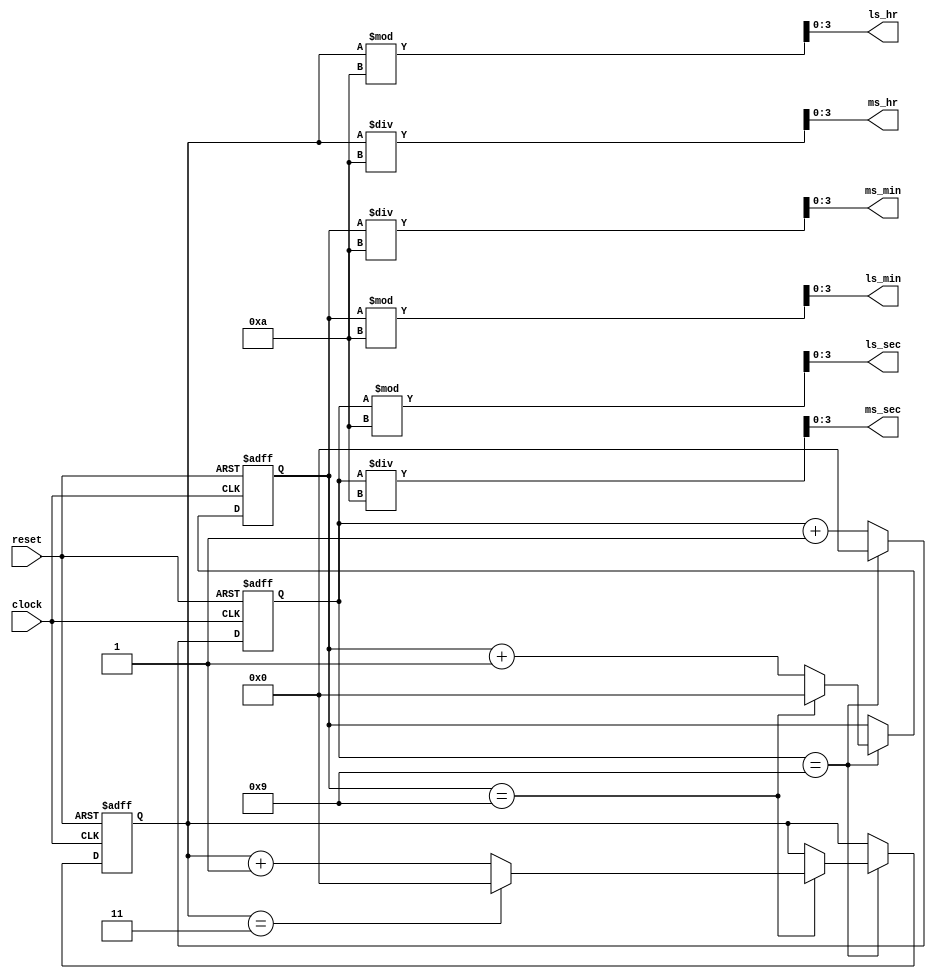
`timescale 1ns / 1ps
//BCD Time Count


module bcd_timeCount(
  input wire clock,        // Input clock (1Hz)
  input wire reset,        // Active high synchronous reset
  output reg [3:0] ms_hr,  // Most significant digit of hours (BCD)
  output reg [3:0] ls_hr,  // Least significant digit of hours (BCD)
  output reg [3:0] ms_min, // Most significant digit of minutes (BCD)
  output reg [3:0] ls_min, // Least significant digit of minutes (BCD)
  output reg [3:0] ms_sec, // Most significant digit of seconds (BCD)
  output reg [3:0] ls_sec  // Least significant digit of seconds (BCD)
);

  reg [3:0] sec_count = 4'b0000; // Seconds counter (BCD)
  reg [3:0] min_count = 4'b0000; // Minutes counter (BCD)
  reg [3:0] hr_count = 4'b0000;  // Hours counter (BCD)

  always @(posedge clock or posedge reset) begin
    if (reset) begin
      sec_count <= 4'b0000;
      min_count <= 4'b0000;
      hr_count <= 4'b0000;
    end else begin
      if (sec_count == 4'b1001) begin
        sec_count <= 4'b0000;
        if (min_count == 4'b1001) begin
          min_count <= 4'b0000;
          if (hr_count == 4'b0011) begin
            hr_count <= 4'b0000;
          end else begin
            hr_count <= hr_count + 1;
          end
        end else begin
          min_count <= min_count + 1;
        end
      end else begin
        sec_count <= sec_count + 1;
      end
    end
  end

  always @(*) begin
    // BCD conversion for seconds, minutes, and hours
    ls_sec = sec_count % 10;
    ms_sec = sec_count / 10;
    ls_min = min_count % 10;
    ms_min = min_count / 10;
    ls_hr = hr_count % 10;
    ms_hr = hr_count / 10;
  end

endmodule